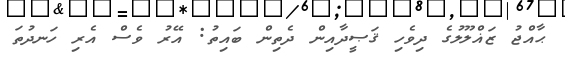
ޙާއްޖު ޒަޣްލޫލުގެ ދިވެހި ޤަޞީދާއިން ދެތިން ބައިތު: އޭރު ވެސް އެރި ހަނދުތަ